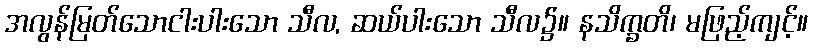
အလွန်မြတ်သောငါးပါးသော သီလ, ဆယ်ပါးသော သီလ၌။ နသိက္ခတိ၊ မဖြည့်ကျင့်။